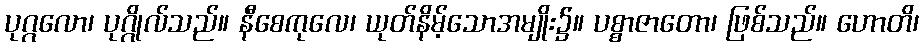
ပုဂ္ဂလော၊ ပုဂ္ဂိုလ်သည်။ နီစေကုလေ၊ ယုတ်နိမ့်သောအမျိုး၌။ ပစ္စာဇာတော၊ ဖြစ်သည်။ ဟောတိ၊